Document type: Recognition
Year: 1437
Scribe: Pere Ponçgem
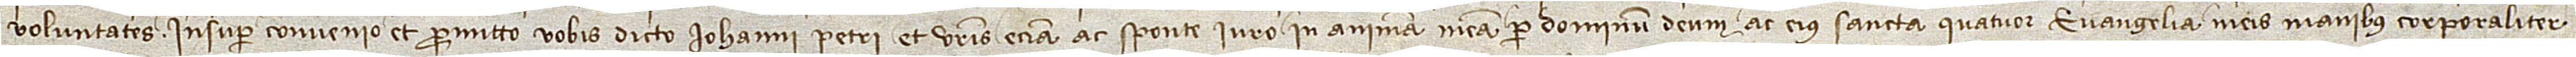
voluntates. Insuper convenio et promitto vobis dicto Iohanni Petri et vestris etiam ac sponte iuro in animam meam per Dominum Deum ac eius sancta quatuor Evangelia, meis manibus corporaliter